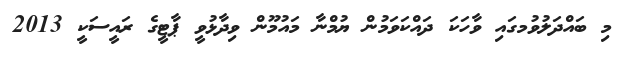
މި ބައްދަލުވުމގައި ވާހަކަ ދައްކަވަމުން ޔުމްނާ މައުމޫން ވިދާޅުވީ ޕާޓީގެ ރައީސަކީ 2013